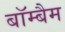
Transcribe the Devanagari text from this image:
बॉम्बैम